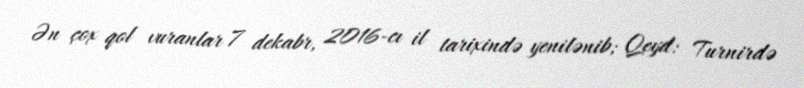
Ən çox qol vuranlar 7 dekabr, 2016-cı il tarixində yenilənib; Qeyd: Turnirdə